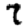
Digit: 7